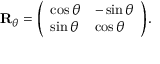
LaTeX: \mathbf { R } _ { \theta } = { \left( \begin{array} { l l } { \cos \theta } & { - \sin \theta } \\ { \sin \theta } & { \cos \theta } \end{array} \right) } .